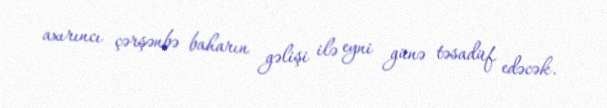
axırıncı çərşənbə baharın gəlişi ilə eyni günə təsadüf edəcək.